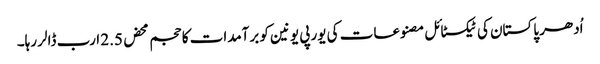
اُدھر پاکستان کی ٹیکسٹائل مصنوعات کی یورپی یونین کو برآمدات کا حجم محض 2.5 ارب ڈالر رہا۔